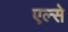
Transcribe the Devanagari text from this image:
एल्से